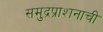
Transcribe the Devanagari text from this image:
समुद्रप्राशनाची